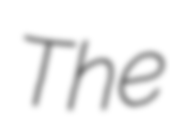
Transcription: The